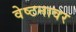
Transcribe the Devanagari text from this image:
वेष्टनावर